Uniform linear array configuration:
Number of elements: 8
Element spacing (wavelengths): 0.75
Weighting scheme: kaiser
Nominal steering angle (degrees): -15
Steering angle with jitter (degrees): -15.726
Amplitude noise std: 0.05
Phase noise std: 0.05

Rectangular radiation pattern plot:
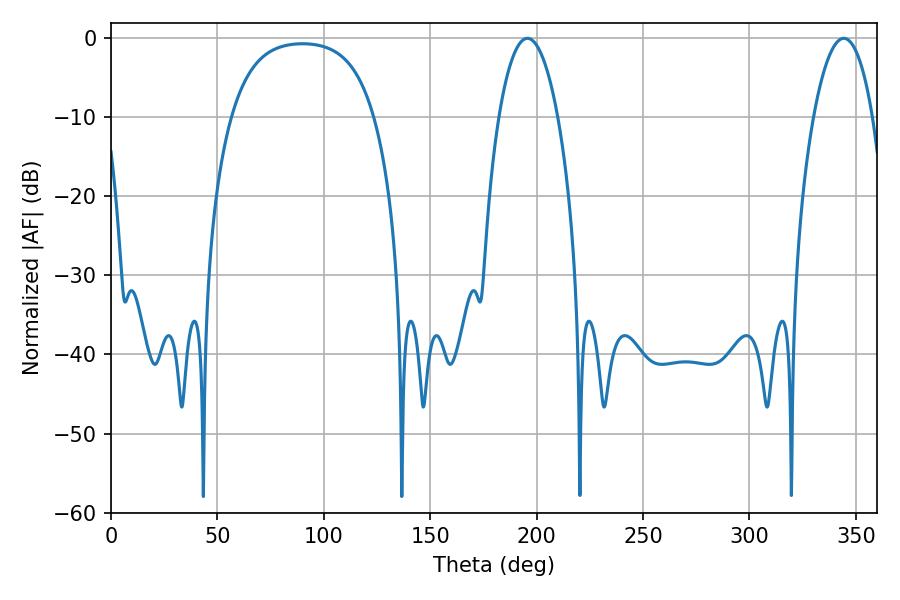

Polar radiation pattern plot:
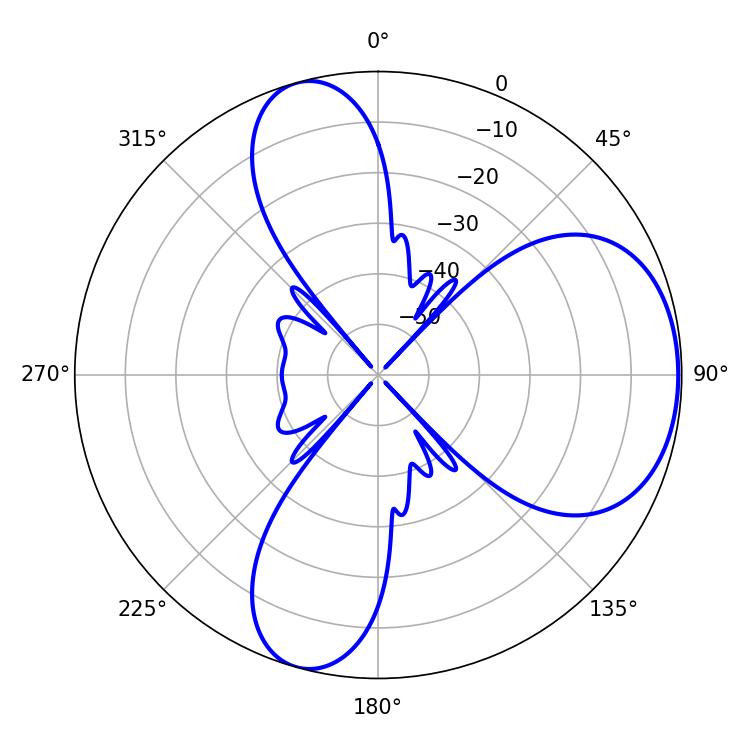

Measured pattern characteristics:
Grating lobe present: TRUE
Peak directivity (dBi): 6.02
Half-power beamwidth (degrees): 15.48
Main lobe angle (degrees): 195.66